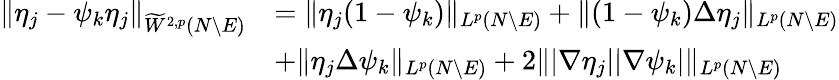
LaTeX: \begin{array}{rl}{\| \eta_{j}-\psi_{k}\eta_{j}\| _{\widetilde{W}^{2,p}(N\setminus E)}}&{=\| \eta_{j}(1-\psi_{k})\| _{L^{p}(N\setminus E)}+\| (1-\psi_{k})\Delta\eta_{j}\| _{L^{p}(N\setminus E)}}\\ &{+\| \eta_{j}\Delta\psi_{k}\| _{L^{p}(N\setminus E)}+2\| |\nabla\eta_{j}||\nabla\psi_{k}|\| _{L^{p}(N\setminus E)}}\end{array}